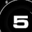
Digit: 5